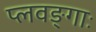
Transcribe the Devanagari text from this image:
प्लवङ्गाः